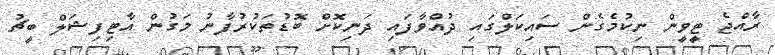
ރާއްޖެ ޓީވީން ނިކުމެގެން ސައިކަލްގައި ދުއްވާފައި ދަނިކޮށް ބޮޑުތަކުރުފާނު މަގުން އާޓިފިޝަލް ބީޗު